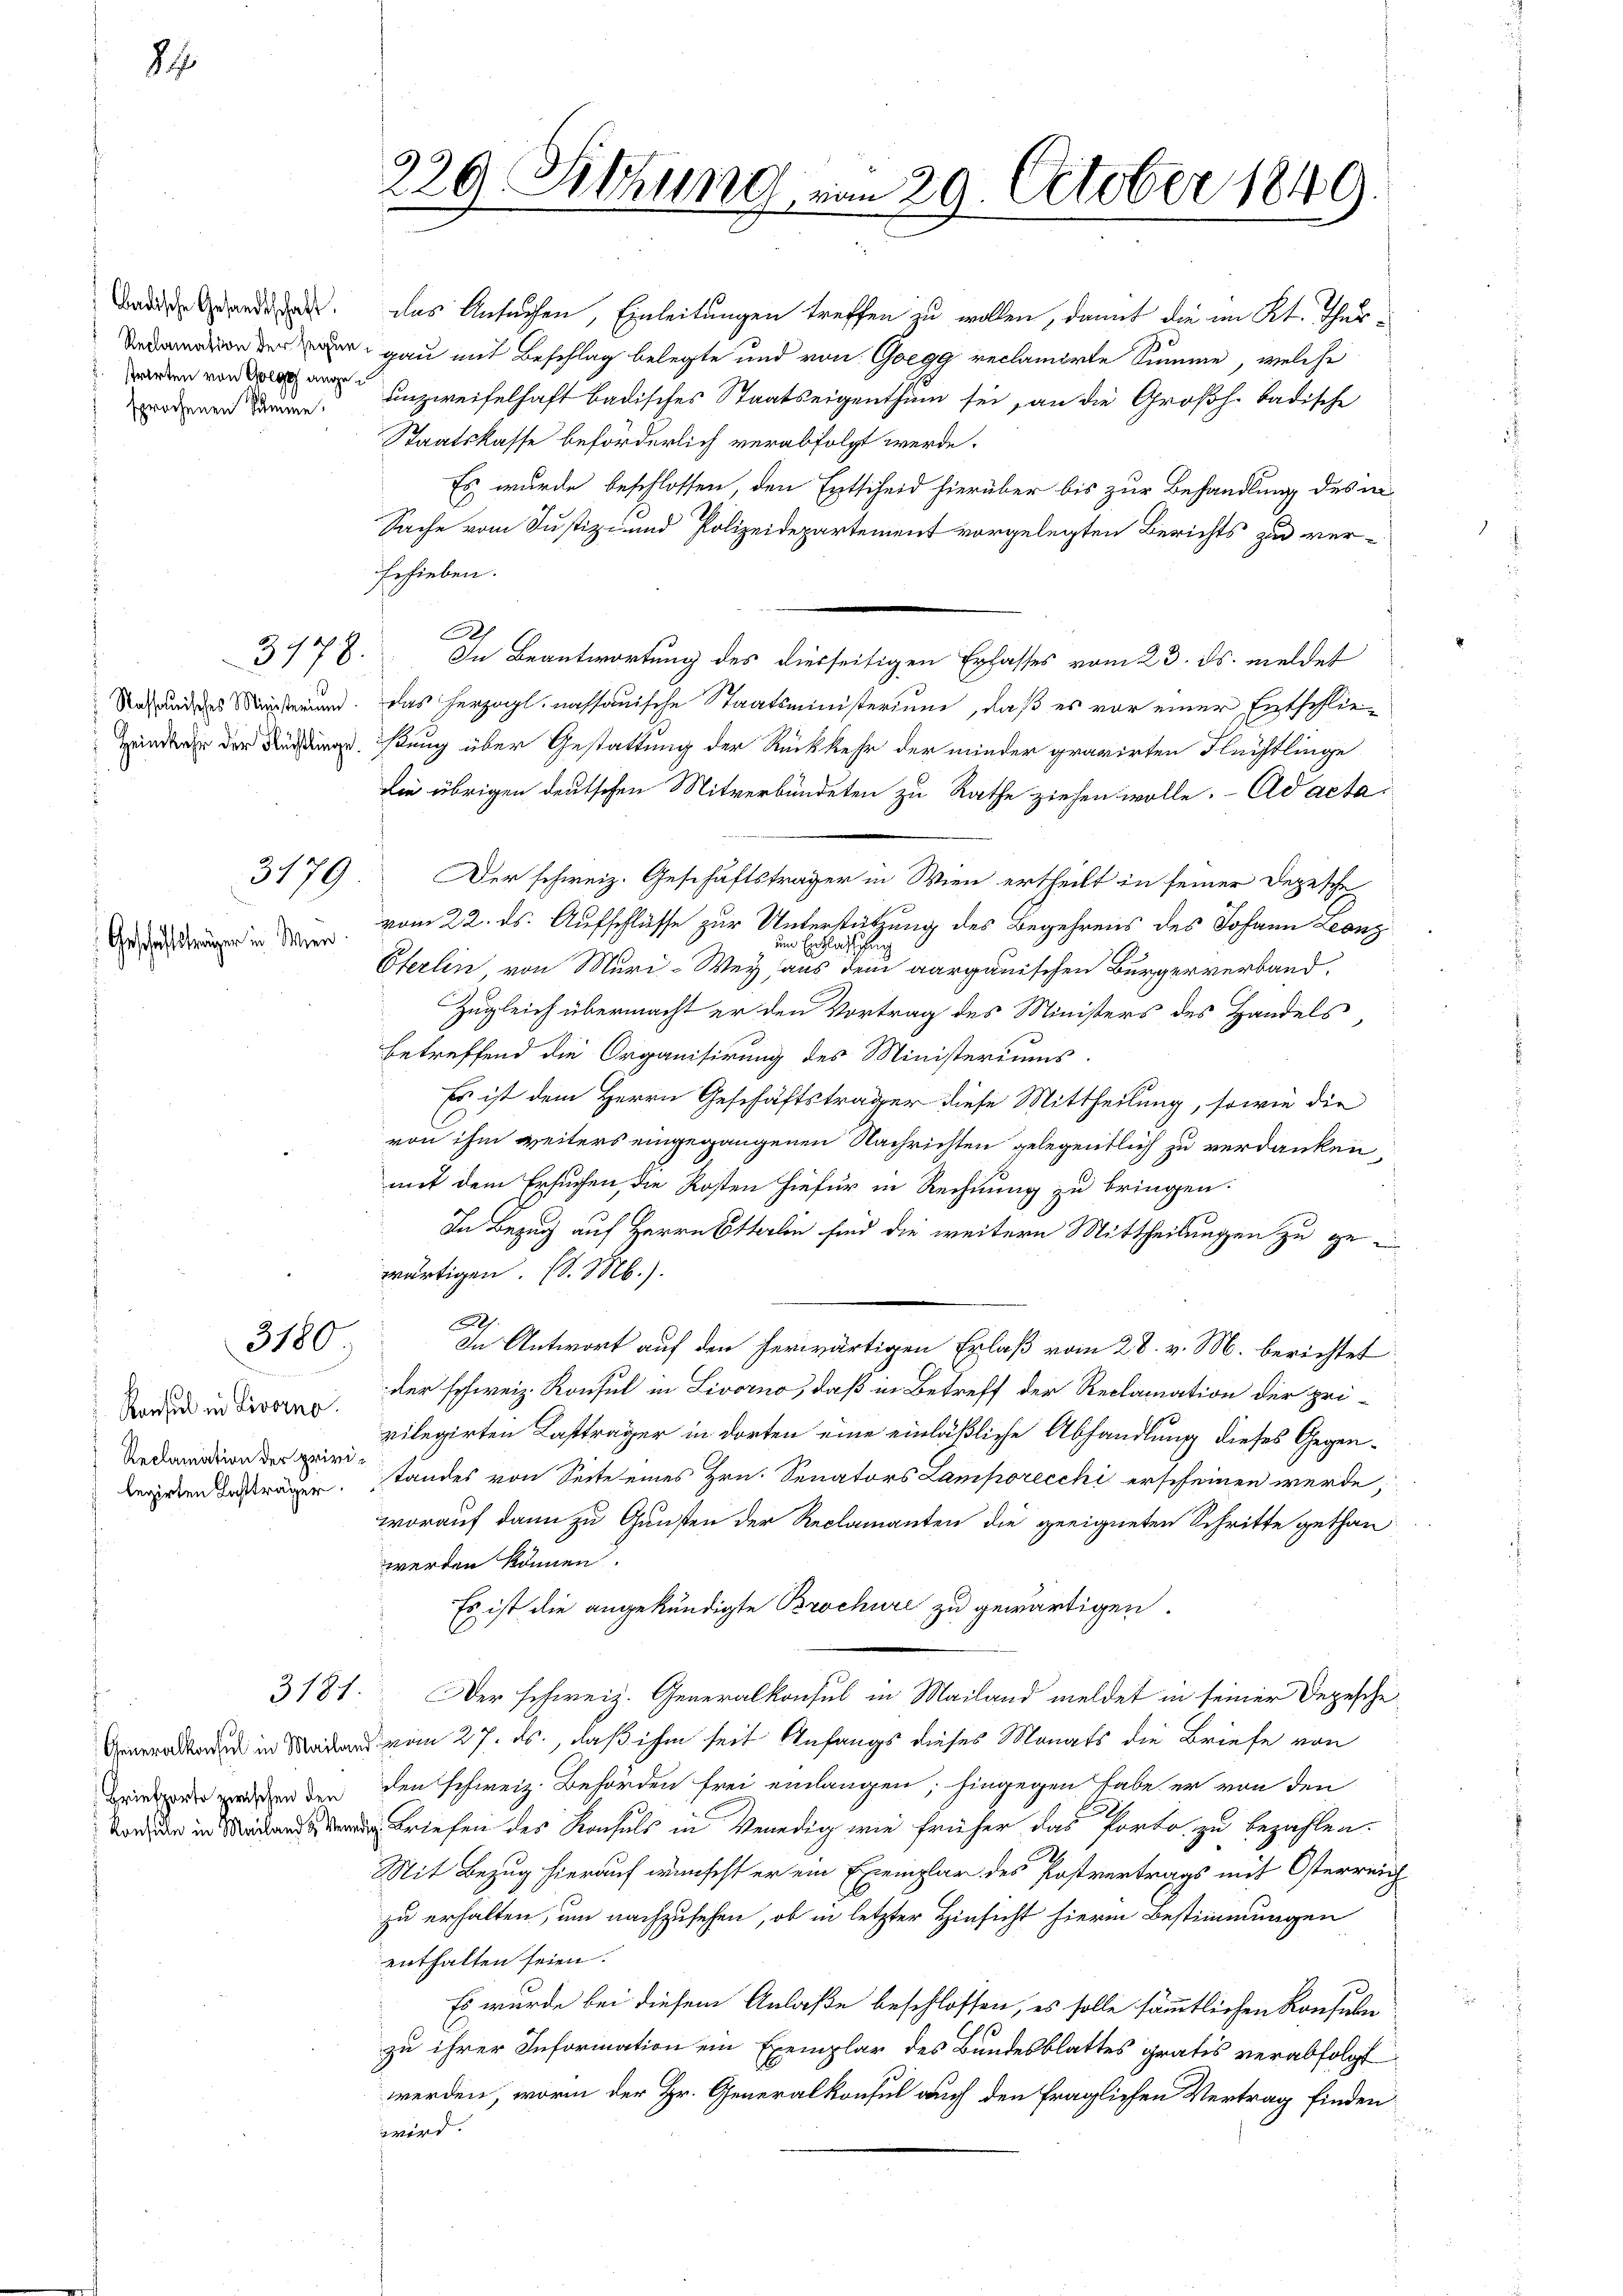
Badische Gesandtschaft.
strarten von Goege angesprochenen Samine.

27

3778.

3179

Geschäftsträger in Wien

3100.

Konsul in Livorno.
legirten Lastträger.

Briefporto zwischen den

gau mit Beschlag belegte und von Goegg reclamirte Summe, welche
unzweifelhaft badisches Staatseigenthum sei, an die Großh. badische
Staatskasse beförderlich verabfolgt werde.
Es wurde beschlossen, den Entscheid hierüber bis zur Behandlung des in
Sache vom Justiz- und Polizeidepartement vorgelegten Berichts zu ver-
Ersieben.
A.
In Beantwortung des diesseitigen Erfasses vom 23. ds. meldet
Nahendes Materien. Das herzogl. nassauische Staatsministerium, daß es vor einer Entschlieenda der Kündung stung über Gestattung der Rückkehr der minder gravirten Flüchtlinge
Die übrigen deutschen Mitverbundeten zu Rathe ziehen wolle.- Ad acta
Der schweiz. Geschäftsträger in Wien ertheilt in seiner Depesche
vom 22. ds. Aufschlüsse zur Unterstützung des Begehrens des Johann Leonz
un Entlassung
Eterlin von Muri-Wey, aus dem aargauischen Bürgerverband,
Zugleich übermacht er den Vortrag des Ministers des Handels,
betreffend die Organisirung des Ministeriums
Es ist dem Herrn Geschäftsträger diese Mittheilung, sowie die
von ihm weiters eingegangenen Nachrichten gelegentlich zu verdanken,
mit dem Ersuchen, die Kosten hiefür in Rechnung zu bringen.
In Bezug auf Herrn Sterlin sind die weitern Mittheilungen zu gewärtigen. (l. M.).
.
In Antwort auf den herwärtigen Erlaß vom 28. v. M. berichtet
der schweiz. Konsul in Livorno, daß in Betreff der Reclamation der privilegirten Lastträger in dorten eine einläßliche Abhandlung dieses Gegenion der wird standes von Seite eines Hrn. Senators Lamporecchi erscheinen werde;
worauf dann zu Gunsten der Reclamanten die geeigneten Schritte gethan
werden können.
Es ist die angekündigte Brochüre zu gewärtigen.
3181. Der schweiz. Generalkonsul in Mailand meldet in seiner Depesche
de in vom 27. ds., daß ihm seit Anfangs dieses Monats die Briefe von
den schweiz. Behörden frei einlangen; hingegen habe er von den
Briefe des Konsuls in Venedig wie früher das Porto zu bezahlen.
Mit Bezug hierauf wünscht er ein Exemplar des Postvertrags mit Osterreich
zu erhalten, um nachzusehen, ob in letzter Hinsicht hierin Bestimmungen
enthalten seien.
Es wurde bei diesem Anlaße beschlossen, es solle sämmtlichen Konsuler
zu ihrer Information ein Exemplar des Bundesblattes gratis verabfolgt
werden, worinn der Hr. Generalkonsul auch den fraglichen Vertrag finden,
wird. |

das Ansuchen, Einleitungen treffen zu wollen, damit die im Kt. Thur¬

229. Sitzung von 29. October 1849
e